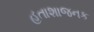
હતાશાજનક